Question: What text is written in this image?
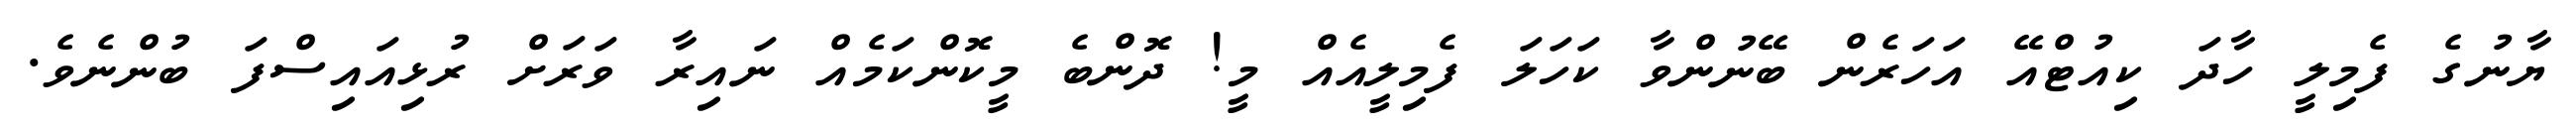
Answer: ޔާނުގެ ފެމިލީ ހާދަ ކިއުޓްއޭ އަހަރެން ބޭނުންވާ ކަހަލަ ފެމިލީއެއް މީ! ދޮންބެ މީކޮންކަމެއް ނައިރާ ވަރަށް ރުޅިއައިސްފަ ބުންނެވެ.